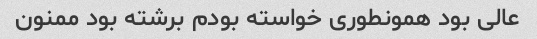
عالی بود همونطوری خواسته بودم برشته بود ممنون